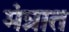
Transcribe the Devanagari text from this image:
मंत्रात